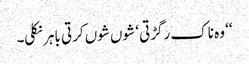
‘‘ وہ ناک رگڑتی ‘ شوں شوں کرتی باہر نکلی۔